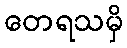
တေရသမှိ